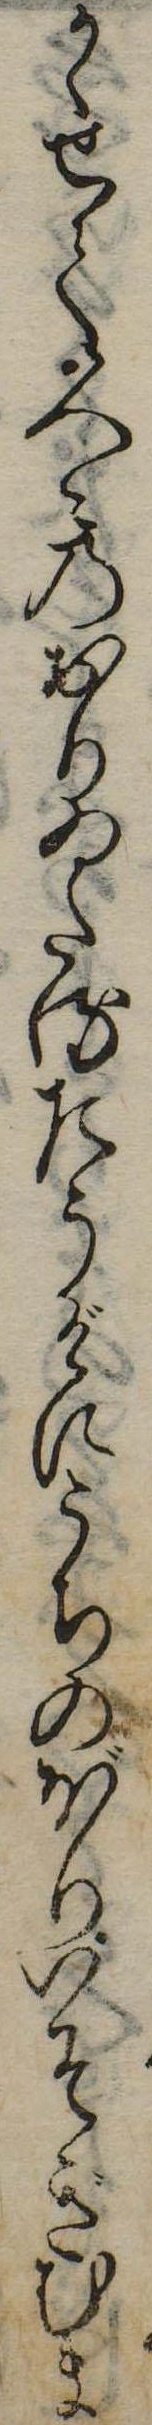
かゝせて人々のおりゐたるたうげにうちのぼりいそぎむま